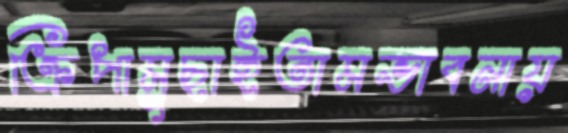
ক্রিপামুছাইতামভাবনায়